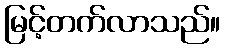
မြင့်တက်လာသည်။